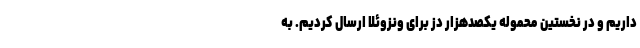
داریم و در نخستین محموله یکصدهزار دز برای ونزوئلا ارسال کردیم. به